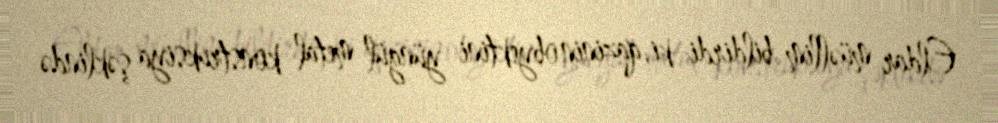
Eldar müəllim bildirdi ki, qazinin obyektini yüngül metal konstruksiya şəklində